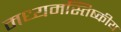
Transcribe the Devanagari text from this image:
मध्यमस्तिष्कीय